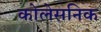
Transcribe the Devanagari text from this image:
कोलेसनिक